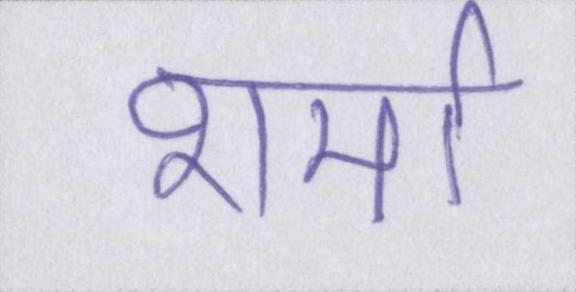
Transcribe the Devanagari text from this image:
शर्मा